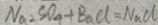
N a S O _ { 4 } + B a C l = N a C l